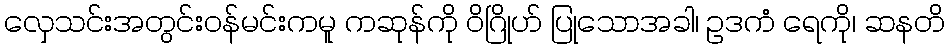
လှေသင်းအတွင်းဝန်မင်းကမူ ကဆုန်ကို ဝိဂြိုဟ် ပြုသောအခါ၊ ဥဒကံ ရေကို၊ ဆနတိ